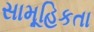
સામૂહિકતા